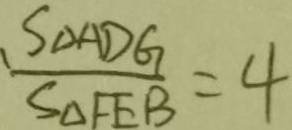
\frac { S _ { \Delta A D G } } { S _ { \Delta F E B } } = 4